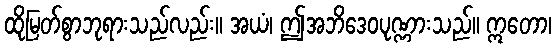
ထိုမြတ်စွာဘုရားသည်လည်း။ အယံ၊ ဤအဘိဒေဝပုဏ္ဏားသည်။ ဣတော၊